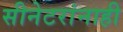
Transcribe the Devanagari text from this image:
सीनेटरांनाही